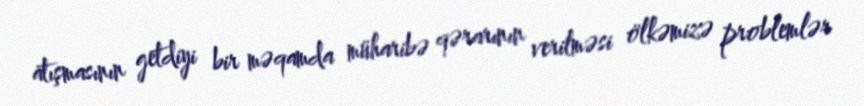
atışmasının getdiyi bir məqamda müharibə qərarının verilməsi ölkəmizə problemlər